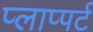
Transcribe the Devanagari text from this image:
प्लाप्पर्ट